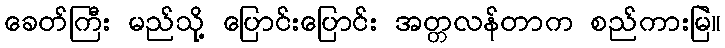
ခေတ်ကြီး မည်သို့ ပြောင်းပြောင်း အတ္တလန်တာက စည်ကားမြဲ။